system: You are a helpful assistant.
user:
Analyze the provided spectrum to determine if it is a **"Cataclysmic Variables (CV)"**.

- **Key Indicators for CV (Check for either state):**
    - **State 1: Quiescent / Low-State (Emission-Dominated)**
        - **(Primary):** Strong and *very broad* Hydrogen Balmer emission lines (e.g., $H\alpha$ at 6563 Å, $H\beta$ at 4861 Å). The 'broadness' (high velocity dispersion, often FWHM > 1000 km/s) is the key diagnostic, indicating a high-velocity accretion disk.
        - **(Secondary):** Broad neutral Helium (He I) emission lines (e.g., 5876 Å, 6678 Å).
        - **(Key Confirmation):** Presence of high-excitation *ionized* Helium (He II) emission at 4686 Å. This is a strong indicator of accretion onto a white dwarf.
        - **(Line Profile):** Emission lines may exhibit a 'double-peaked' profile, which is a classic signature of a rotating accretion disk viewed at high inclination.

    - **State 2: Outburst / High-State (Absorption-Dominated)**
        - **(Primary):** Spectrum is dominated by a bright, blue continuum (looks like a hot star).
        - **(Secondary):** The emission lines from State 1 are weak, absent, or 'filled in', and are replaced by broad, shallow *absorption* lines (primarily Balmer and He I).
        - **(Morphology):** The overall spectrum mimics a hot B/A-type star. The crucial difference is that the absorption lines are significantly broader, shallower, and more 'washed-out' (or 'smeared') than the sharp lines of a normal stellar photosphere, due to high rotational speeds and pressure broadening in the disk.

Think first, call **spectral_visualization_tool** if needed to examine features in detail, then provide your final answer. Your response must adhere to the following strict rules:
1.  **Overall Structure:** Your response must follow the format `<think>...</think> <tool_call>...</tool_call> (if a tool is used) <answer>...</answer>`.
2.  **Tool Usage Constraint:** You may only make **one** tool call per turn.
3.  **Final Answer Format:** In the `<answer>` tag, your conclusion must be inside a `\boxed{}` command (e.g., `\boxed{YES}`), followed by your justification.

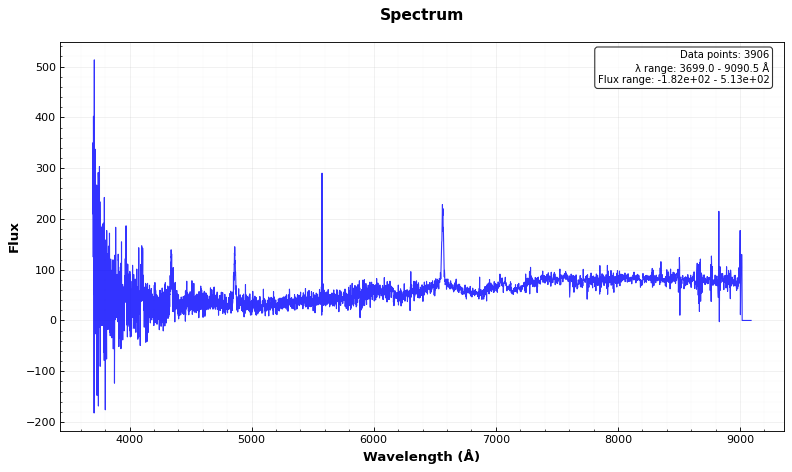
Answer: YES